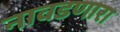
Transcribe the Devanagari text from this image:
नावडणारा